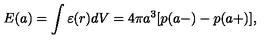
E ( a ) = \int { \varepsilon ( r ) d V } = 4 \pi a ^ { 3 } [ p ( a - ) - p ( a + ) ] ,